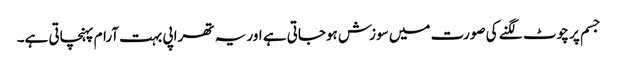
جسم پر چوٹ لگنے کی صورت میں سوزش ہوجاتی ہے اور یہ تھراپی بہت آرام پہنچاتی ہے۔